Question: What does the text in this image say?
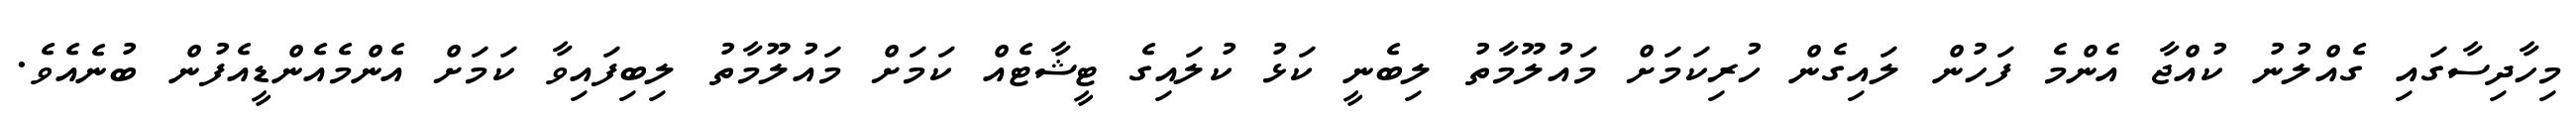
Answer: މިހާދިސާގައި ގެއްލުނު ކުއްޖާ އެންމެ ފަހުން ލައިގެން ހުރިކަމަށް މައުލޫމާތު ލިބެނީ ކަޅު ކުލައިގެ ޓީޝާޓެއް ކަމަށް މައުލޫމާތު ލިބިފައިވާ ކަމަށް އެންމެއެންޑީއެފުން ބުނެއެވެ.